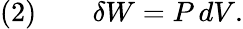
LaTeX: {\mathrm{(2)}}\qquad\delta W=P\, dV.